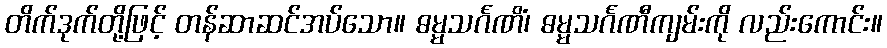
တိက်ဒုက်တို့ဖြင့် တန်ဆာဆင်အပ်သော။ ဓမ္မသင်္ဂဏိံ၊ ဓမ္မသင်္ဂဏီကျမ်းကို လည်းကောင်း။